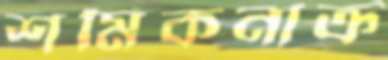
শর্মিকনাক্র